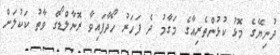
ދުނިޔޭގެ މޮޅު ކުޅުންތެރިއާގެ މަގާމު ދެ ފަހަރު ހޯދާފައިވާ ރޮނާލްޑޯގެ ވާތު ކަކުލަށް